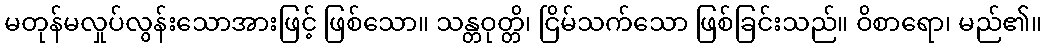
မတုန်မလှုပ်လွန်းသောအားဖြင့် ဖြစ်သော။ သန္တဝုတ္တိ၊ ငြိမ်သက်သော ဖြစ်ခြင်းသည်။ ဝိစာရော၊ မည်၏။